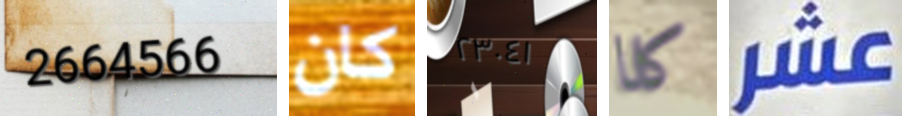
2664566 كان ٢٣٠٤١ كلا عشر